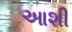
આશી